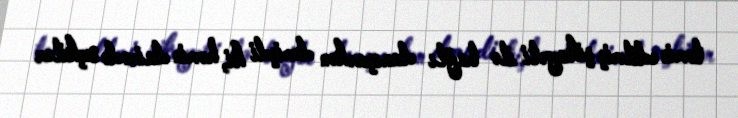
təmin edilmiş şikayəti ilə bağlı danışarkən demişdi ki, həmin dairədə seçkilər